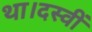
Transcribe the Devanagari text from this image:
था।दस्वीं